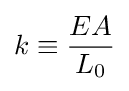
k\equiv {\frac {EA}{L_{0}}}